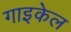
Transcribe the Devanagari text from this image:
गाइकेल